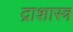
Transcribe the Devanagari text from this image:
द्राशास्त्र